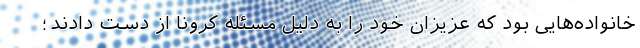
خانواده‌هایی بود که عزیزان خود را به دلیل مسئله کرونا از دست دادند؛